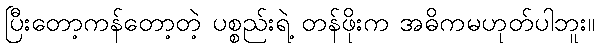
ပြီးတော့ကန်တော့တဲ့ ပစ္စည်းရဲ့ တန်ဖိုးက အဓိကမဟုတ်ပါဘူး။